Indian journal of veterinary science and animal husbandry - Volumes 18-21, 1948-1951
Year: 1948
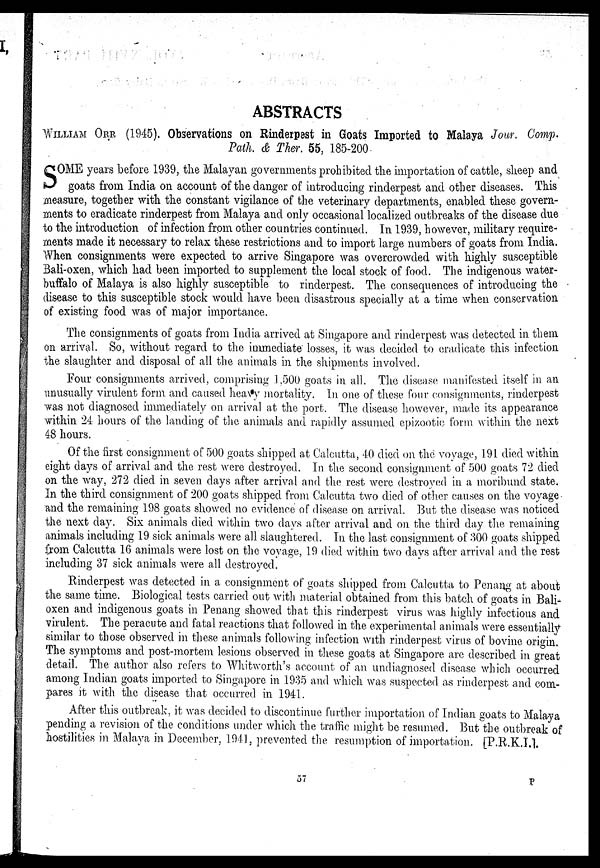
ABSTRACTS
WILLIAM ORR (1945). Observations on Rinderpest in Goats Imported to Malaya Jour. Comp.
Path. & Ther. 55, 185-200
S OME years before 1939, the Malayan governments prohibited the importation of cattle, sheep and
goats from India on account of the danger of introducing rinderpest and other diseases. This
measure, together with the constant vigilance of the veterinary departments, enabled these govern-
ments to eradicate rinderpest from Malaya and only occasional localized outbreaks of the disease due
to the introduction of infection from other countries continued. In 1939, however, military require-
ments made it necessary to relax these restrictions and to import large numbers of goats from India.
When consignments were expected to arrive Singapore was overcrowded with highly susceptible
Bali-oxen, which had been imported to supplement the local stock of food. The indigenous water-
buffalo of Malaya is also highly susceptible to rinderpest. The consequences of introducing the
disease to this susceptible stock would have been disastrous specially at a time when conservation
of existing food was of major importance.
The consignments of goats from India arrived at Singapore and rinderpest was detected in them
on arrival. So, without regard to the immediate losses, it was decided to eradicate this infection
the slaughter and disposal of all the animals in the shipments involved.
Four consignments arrived, comprising 1.500 goats in all. The disease manifested itself in an
unusually virulent form and caused heavy mortality. In one of these four consignments, rinderpest
was not diagnosed immediately on arrival at the port. The disease however, made its appearance
within 24 hours of the landing of the animals and rapidly assumed epizootic form within the next
48 hours.
Of the first consignment of 500 goats shipped at Calcutta, 40 died on the. voyage, 191 died within
eight days of arrival and the rest were destroyed. In the second consignment of 500 goats 72 died
on the way, 272 died in seven days after arrival and the rest were destroyed in a moribund state.
In the third consignment of 200 goats shipped from Calcutta two died of other causes on the voyage
and the remaining 198 goats showed no evidence of disease on arrival. But the disease was noticed
the next day. Six animals died within two days after arrival and on. the third day the. remaining
animals including 19 sick animals were all slaughtered. In the last consignment of 300 goats shipped
from Calcutta 16 animals were lost on the voyage, 19 died within two days after arrival and the rest
including 37 sick animals were all destroyed.
Rinderpest was detected in a consignment of goats shipped from Calcutta to Penang at about
the same time. Biological tests carried out with material obtained from this batch of goats in Bali-
oxen and indigenous goats in Penang showed that this rinderpest virus was highly infectious and
virulent. The peracute and fatal reactions that followed in the experimental animals were essentially
similar to those observed in these animals following infection with rinderpest virus of bovine origin.
The symptoms and post-mortem lesions observed in these goats at Singapore are described in great
detail. The author also refers to Whitworth's account of an undiagnosed disease which occurred
among Indian goats imported to Singapore in 1935 and which was suspected as rinderpest and com-
pares it with the disease that occurred in 1941.
After this outbreak, it was decided to discontinue further importation of Indian goats to Malaya
pending a revision of the conditions under which the traffic might be resumed. But the outbreak of
hostilities in Malaya in December, 1941. prevented the resumption of importation. [P.R.K.I.].
57
P